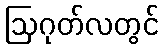
ဩဂုတ်လတွင်